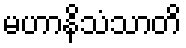
မဟာနိသံသာတိ